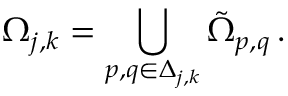
\Omega _ { j , k } = \bigcup _ { p , q \in \Delta _ { j , k } } \tilde { \Omega } _ { p , q } \, .